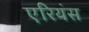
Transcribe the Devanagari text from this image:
एरियंस